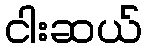
ငါးဆယ်